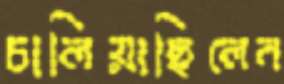
চালিয়াছিলেন